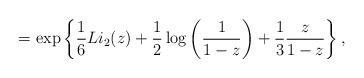
LaTeX: \begin{align*} = \exp\left\{\frac{1}{6} Li_2(z) + \frac{1}{2} \log\left(\frac{1}{1-z}\right) + \frac{1}{3}\frac{z}{1-z} \right\},\end{align*}